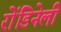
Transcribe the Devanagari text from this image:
रोंडिनेली